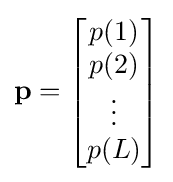
\mathbf {p} ={\begin{bmatrix}p(1)\\p(2)\\\vdots \\p(L)\end{bmatrix}}